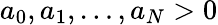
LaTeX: a_{0},a_{1},\dots,a_{N}>0